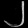
Digit: ၂